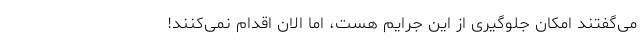
می‌گفتند امکان جلوگیری از این جرایم هست، اما الان اقدام نمی‌کنند!